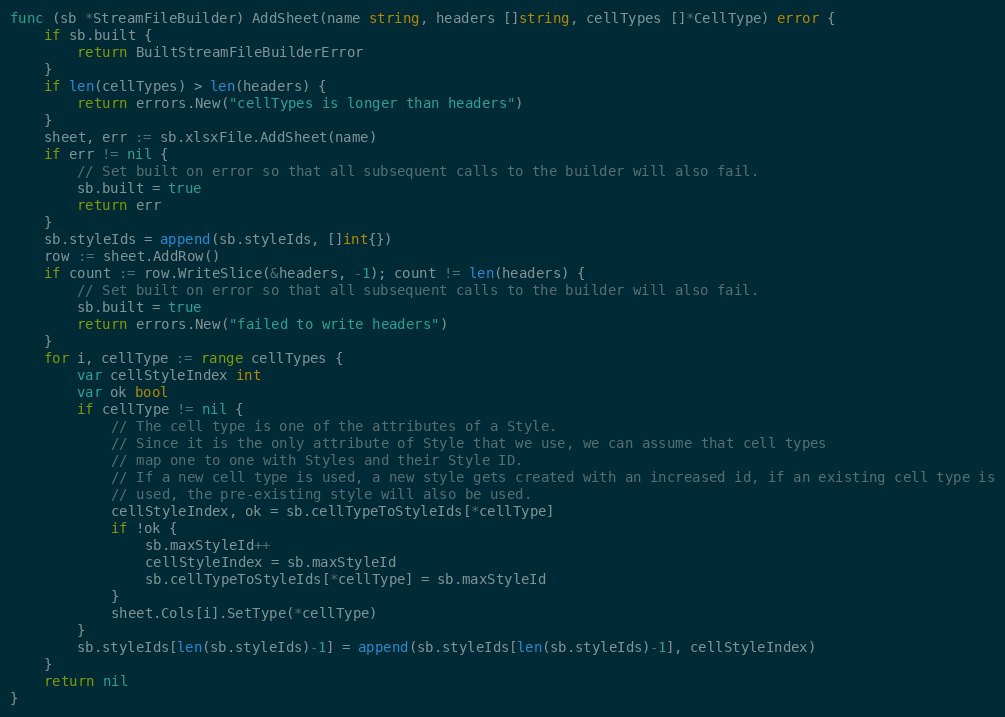
Language: Go
func (sb *StreamFileBuilder) AddSheet(name string, headers []string, cellTypes []*CellType) error {
	if sb.built {
		return BuiltStreamFileBuilderError
	}
	if len(cellTypes) > len(headers) {
		return errors.New("cellTypes is longer than headers")
	}
	sheet, err := sb.xlsxFile.AddSheet(name)
	if err != nil {
		// Set built on error so that all subsequent calls to the builder will also fail.
		sb.built = true
		return err
	}
	sb.styleIds = append(sb.styleIds, []int{})
	row := sheet.AddRow()
	if count := row.WriteSlice(&headers, -1); count != len(headers) {
		// Set built on error so that all subsequent calls to the builder will also fail.
		sb.built = true
		return errors.New("failed to write headers")
	}
	for i, cellType := range cellTypes {
		var cellStyleIndex int
		var ok bool
		if cellType != nil {
			// The cell type is one of the attributes of a Style.
			// Since it is the only attribute of Style that we use, we can assume that cell types
			// map one to one with Styles and their Style ID.
			// If a new cell type is used, a new style gets created with an increased id, if an existing cell type is
			// used, the pre-existing style will also be used.
			cellStyleIndex, ok = sb.cellTypeToStyleIds[*cellType]
			if !ok {
				sb.maxStyleId++
				cellStyleIndex = sb.maxStyleId
				sb.cellTypeToStyleIds[*cellType] = sb.maxStyleId
			}
			sheet.Cols[i].SetType(*cellType)
		}
		sb.styleIds[len(sb.styleIds)-1] = append(sb.styleIds[len(sb.styleIds)-1], cellStyleIndex)
	}
	return nil
}